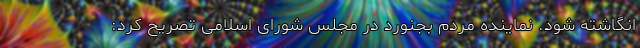
انگاشته شود. نماینده مردم بجنورد در مجلس شورای اسلامی تصریح کرد: